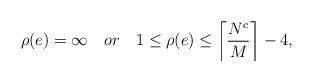
LaTeX: \begin{align*}\rho(e)=\infty~~~or~~~ 1 \le \rho(e) \le \left\lceil \frac{N^c}{M} \right\rceil - 4,\end{align*}